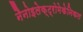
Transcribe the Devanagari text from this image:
नैनोइलेक्ट्रोमेकेनिकल